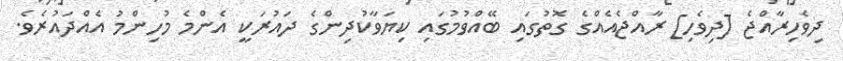
ދިވެހިރާއްޖެ [ދިވެހި] ރާއްޖެއެއްގެ ގޮތުގައި ބޭއްވުމުގައި ކިޔަވާކުދިންގެ ދައުރަކީ އެންމެ މުހިންމު އެއްދައުރެވެ.